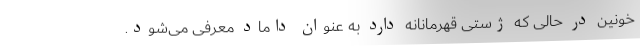
خونین در حالی که ژستی قهرمانانه دارد به عنوان داماد معرفی می‌شود.